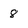
Character: 8